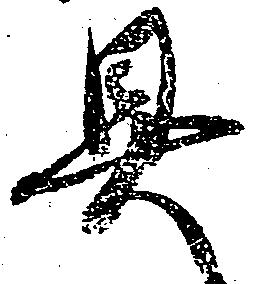
具